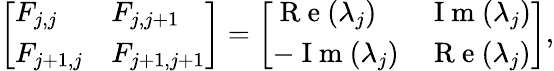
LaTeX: \left[\begin{array}{ll}{F_{j,j}}&{F_{j,j+1}}\\ {F_{j+1,j}}&{F_{j+1,j+1}}\end{array}\right]=\left[\begin{array}{ll}{\mathrm{~R~e~}(\lambda_{j})}&{\mathrm{~I~m~}(\lambda_{j})}\\ {-\mathrm{~I~m~}(\lambda_{j})}&{\mathrm{~R~e~}(\lambda_{j})}\end{array}\right],